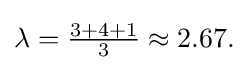
{\textstyle \lambda ={\frac {3+4+1}{3}}\approx 2.67.}